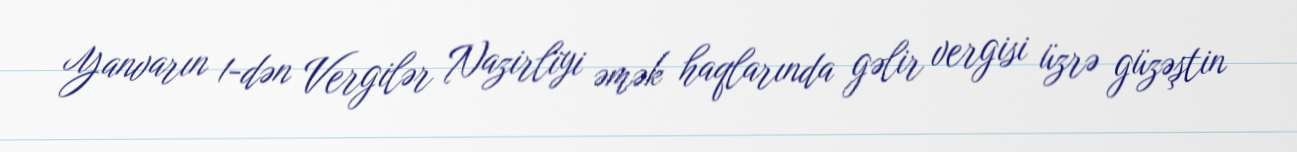
Yanvarın 1-dən Vergilər Nazirliyi əmək haqlarında gəlir vergisi üzrə güzəştin